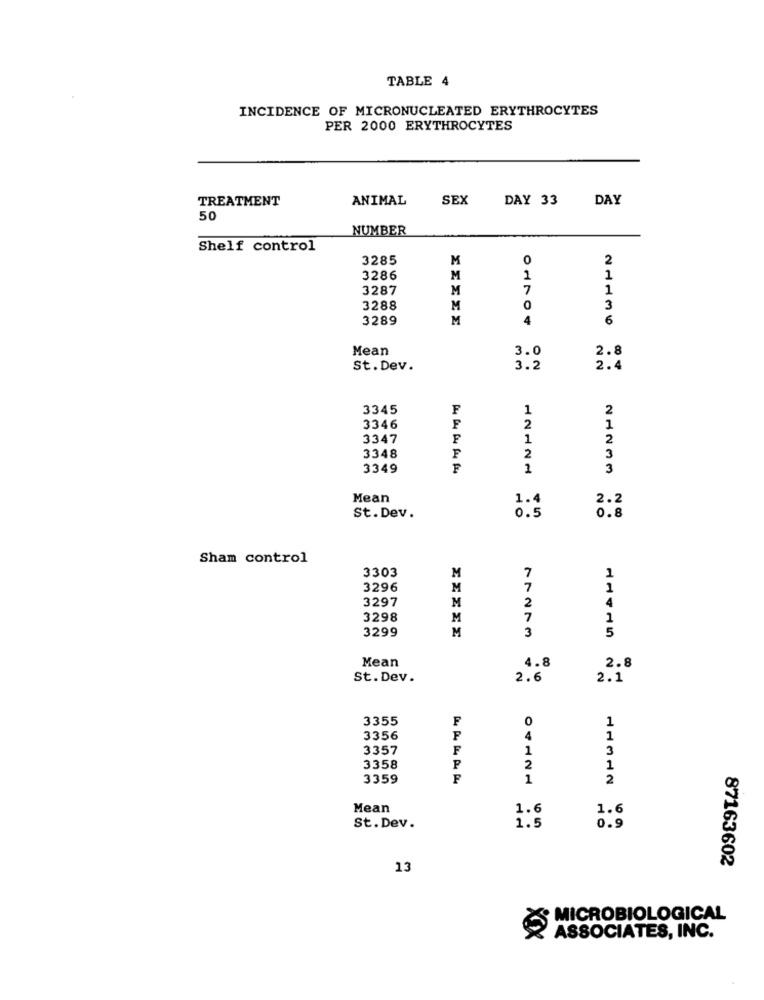
TABLE 4
INCIDENCE OF MICRONUCLEATED ERYTHROCYTES
PER 2000 ERYTHROCYTES
TREATMENT
ANIMAL
SEX
DAY 33
DAY
50
NUMBER
Shelf control
3285
M
0
2
3286
M
1
1
3287
M
7
1
3288
M
3
3289
M
4
6
Mean
3.0
2.8
St. Dev.
3.2
2.4
3345
F
1
2
3346
F
2
1
3347
F
1
2
3348
F
2
3
3349
F
1
3
Mean
1.4
2.2
St. Dev.
0.5
0.8
Sham control
3303
M
7
1
3296
M
7
1
3297
2
4
M
3298
M
7
1
3299
M
3
5
Mean
4.8
2.8
St. Dev.
2.6
2.1
3355
F
0
1
3356
4
1
3357
F
1
3
3358
2
1
3359
F
1
2
Mean
1.6
1.6
St. Dev.
1.5
0.9
87163602
13
MICROBIOLOGICAL
ASSOCIATES, INC.